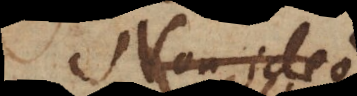
Non ideo